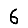
Digit: 6